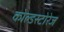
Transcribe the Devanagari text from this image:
कोल्डस्टोरेज